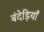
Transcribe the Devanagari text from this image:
बंदेड़ियाँ